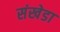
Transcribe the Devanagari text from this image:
संखेडा